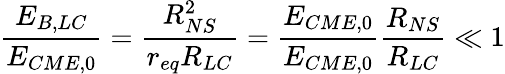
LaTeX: \frac{E_{B,LC}}{E_{CME,0}}=\frac{R_{NS}^{2}}{r_{eq}R_{LC}}=\frac{E_{CME,0}}{E_{CME,0}}\frac{R_{NS}}{R_{LC}}\ll 1